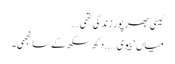
کیسی بھر پور زندگی تھی….
میاں ‘ بیوی …..دکھ سکھ کے سانجھی۔